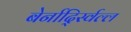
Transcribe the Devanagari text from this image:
बेर्नार्द्स्विल्ल